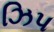
ઝિપ